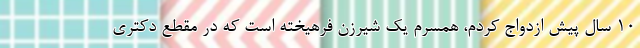
10 سال پیش ازدواج کردم، همسرم یک شیرزن فرهیخته است که در مقطع دکتری